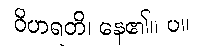
ဝိဟရတိ၊ နေ၏။ ပ။